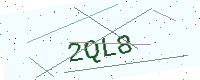
Text: 2QL8